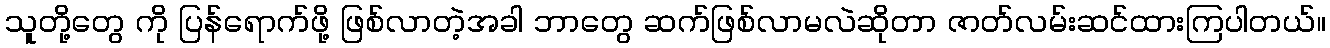
သူတို့တွေ ကို ပြန်ရောက်ဖို့ ဖြစ်လာတဲ့အခါ ဘာတွေ ဆက်ဖြစ်လာမလဲဆိုတာ ဇာတ်လမ်းဆင်ထားကြပါတယ်။